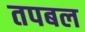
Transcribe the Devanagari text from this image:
तपबल